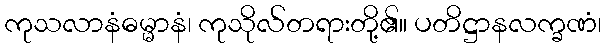
ကုသလာနံဓမ္မာနံ၊ ကုသိုလ်တရားတို့၏။ ပတိဋ္ဌာနလက္ခဏံ၊